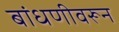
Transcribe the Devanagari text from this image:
बांधणीवरून